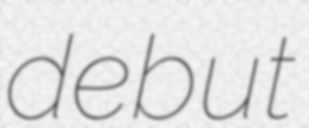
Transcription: debut